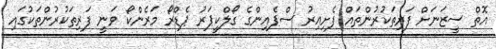
އޮތް ސީޒަނަށް ފަރިތަކުރުންތައް ފެށިއިރު ސްޕެއިންގެ ގޯލްކީޕަރު ޕެޑްރޯ މަރެންކޯ ވަނީ ފަރިތަކުރުންތަކުގައި